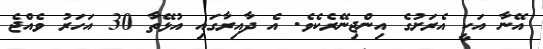
އޭނާ އަކީ އެރަށުގެ އިންޖިނޭރެކެވެ. އެ ދާއިރާގައި އުޅޭތާ 30 އަހަރު ވެއްޖެ